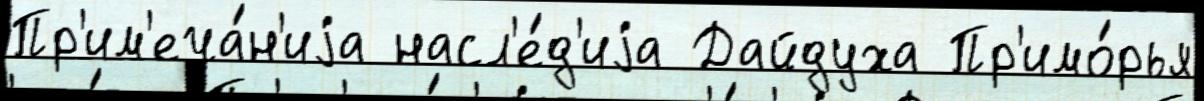
Пр'им'еча́н'иjа насл'е́д'иjа Дайдуха Пр'имо́рья